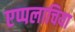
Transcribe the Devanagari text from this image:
एप्पलाचिया